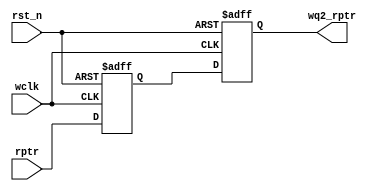
module sync_r2w #(parameter ASIZE = 4)(
	//Input Port
	rptr,
	wclk,
	rst_n,

    //Output Port
	wq2_rptr
); 


input wclk, rst_n;
input [ASIZE:0] rptr;

output reg [ASIZE:0] wq2_rptr;

reg [ASIZE:0] wq1_rptr;

always @(posedge wclk or negedge rst_n)begin
	if(!rst_n)
		{wq2_rptr,wq1_rptr} <= 0;
	else 
		{wq2_rptr,wq1_rptr} <= {wq1_rptr,rptr};
end


endmodule